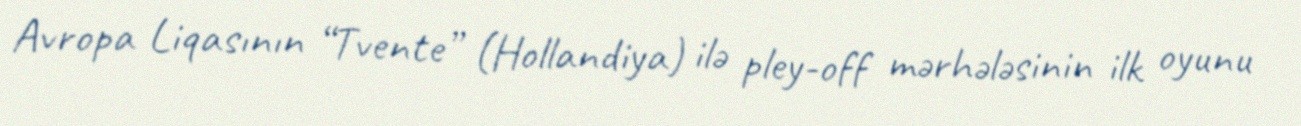
Avropa Liqasının “Tvente” (Hollandiya) ilə pley-off mərhələsinin ilk oyunu